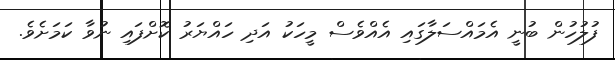
ފުލުހުން ބުނީ އެމައްސަލާގައި އެއްވެސް މީހަކު އަދި ހައްޔަރު ކޮށްފައި ނުވާ ކަމަށެވެ.